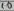
Text: 910